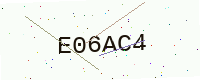
Text: E06AC4